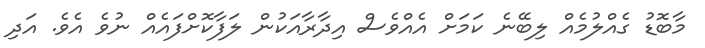
މާބޮޑު ގެއްލުމެއް ލިބޭނެ ކަމަށް އެއްވެސް އިދާރާއަކުން ލަފާކޮށްފައެއް ނުވެ އެވެ. އަދި